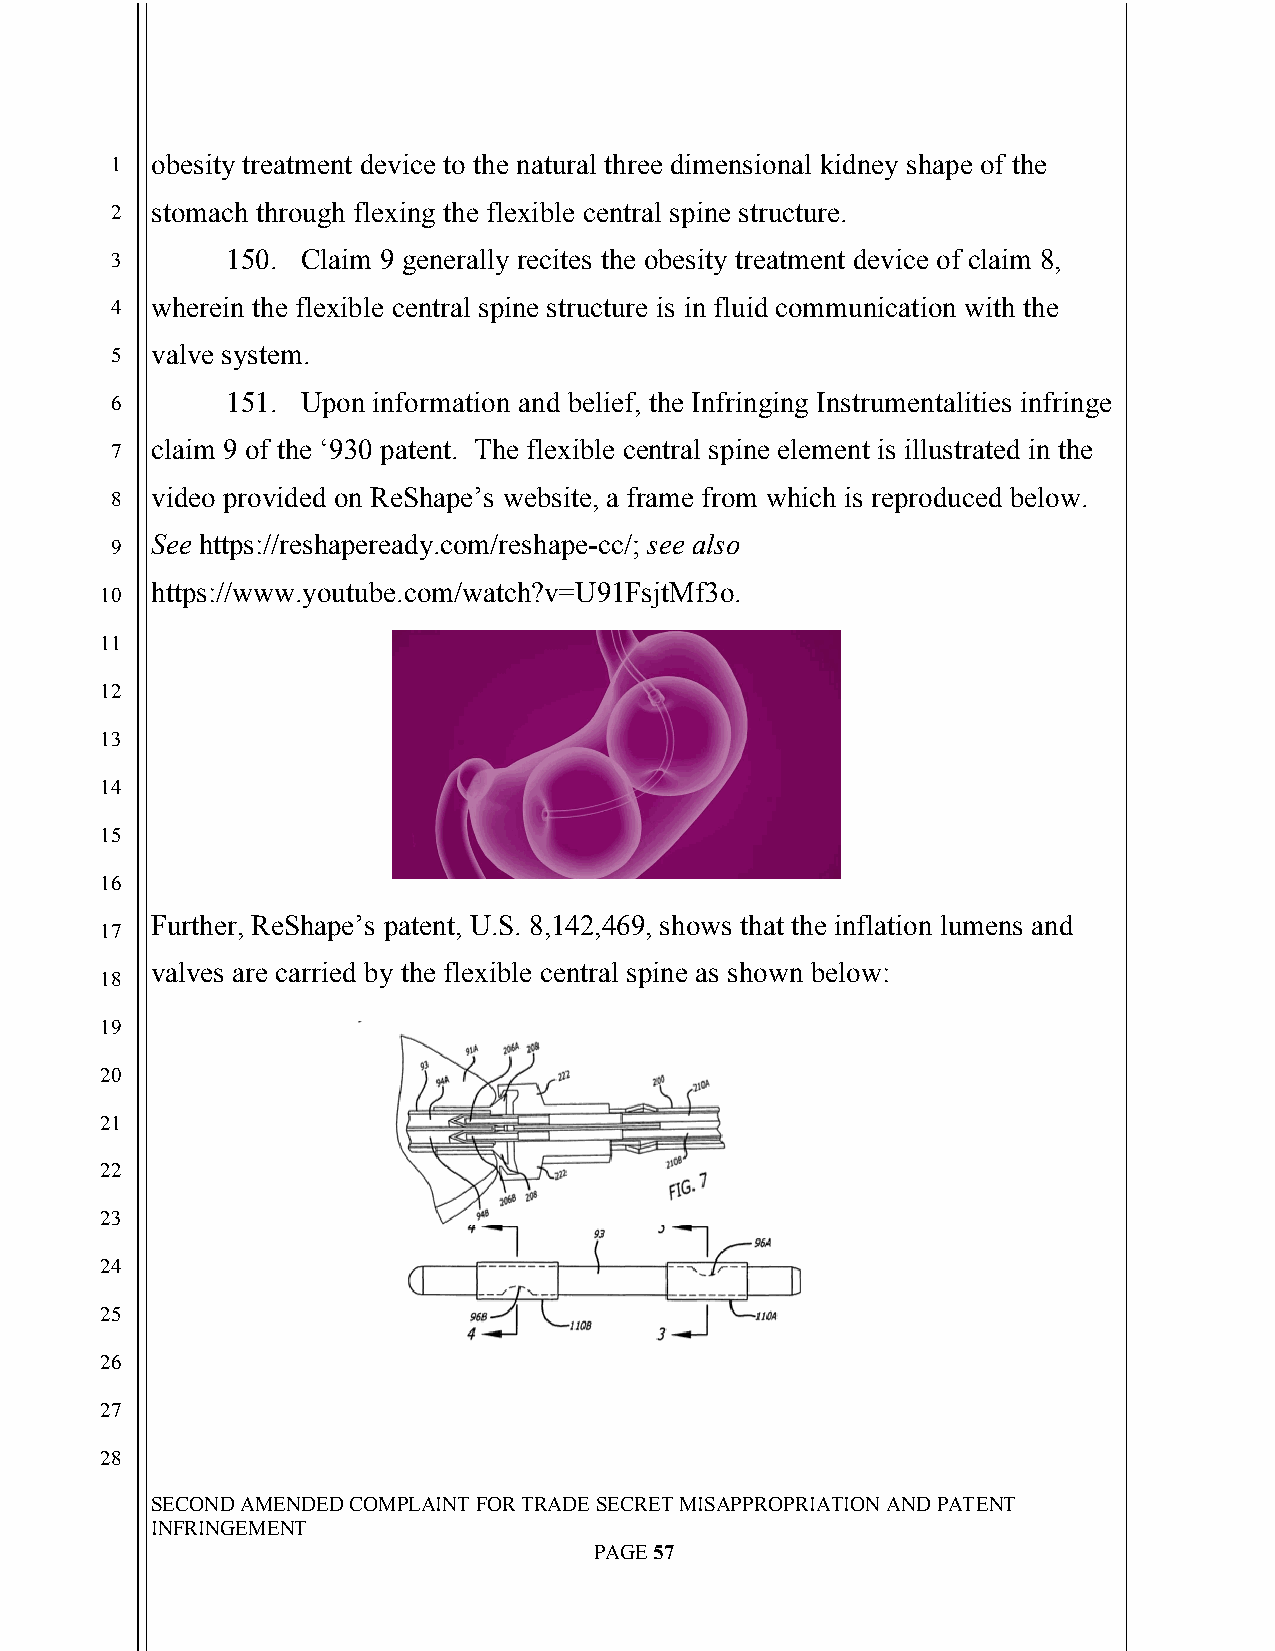
`
 1  obesity treatment device to the natural three dimensional kidney shape of the
 2  stomach through flexing the flexible central spine structure.
 3       150. Claim 9 generally recites the obesity treatment device of claim 8,
 4  wherein the flexible central spine structure is in fluid communication with the
 5  valve system.
 6       151. Upon information and belief, the Infringing Instrumentalities infringe
 7  claim 9 of the ‘930 patent. The flexible central spine element is illustrated in the
 8  video provided on ReShape’s website, a frame from which is reproduced below.
 See https://reshapeready.com/reshape-cc/; see also
 9
 https://www.youtube.com/watch?v=U91FsjtMf3o.
 10
 11
 12
 13
 14
 15
 16
 Further, ReShape’s patent, U.S. 8,142,469, shows that the inflation lumens and
 17
 valves are carried by the flexible central spine as shown below:
 18
 19
 20
 21
 22
 23
 24
 25
 26
 27
 28
 SECOND AMENDED COMPLAINT FOR TRADE SECRET MISAPPROPRIATION AND PATENT
 INFRINGEMENT
 PAGE 57